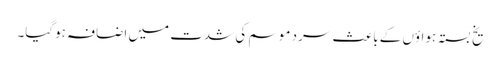
یخ بستہ ہواؤں کے باعث سرد موسم کی شدت میں اضافہ ہوگیا۔